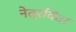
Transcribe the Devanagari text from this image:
नेत्रविदर